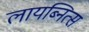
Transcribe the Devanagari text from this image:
लायब्नित्स